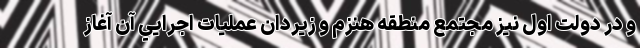
و در دولت اول نيز مجتمع منطقه هنزم و زيردان عمليات اجرايي آن آغاز